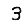
Digit: 3